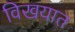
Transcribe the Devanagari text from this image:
विखयात